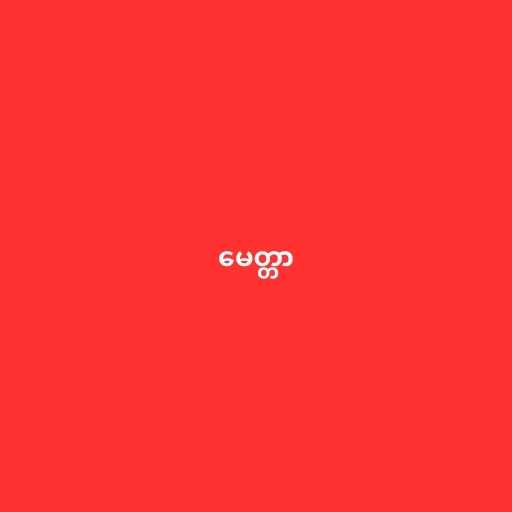
မေတ္တာ